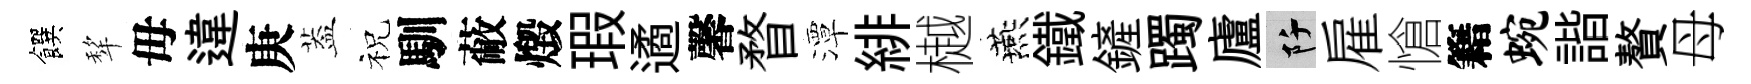
饌犂毋違庚葢祝馴蔽燬瑕遹馨瞀潭緋樾燕鐵鏟躅廬阡雇愴籍蜿諧贅母